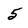
Character: 5